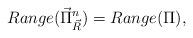
LaTeX: \begin{align*}Range(\vec{\Pi}^n_{\vec R})=Range(\Pi),\end{align*}